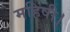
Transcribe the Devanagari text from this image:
महिषी।